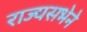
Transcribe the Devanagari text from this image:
राज्यसभेने